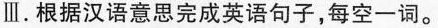
Ⅲ.根据汉语意思完成英语句子,每空一词。